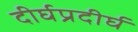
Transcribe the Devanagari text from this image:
दीर्घप्रदीर्घ